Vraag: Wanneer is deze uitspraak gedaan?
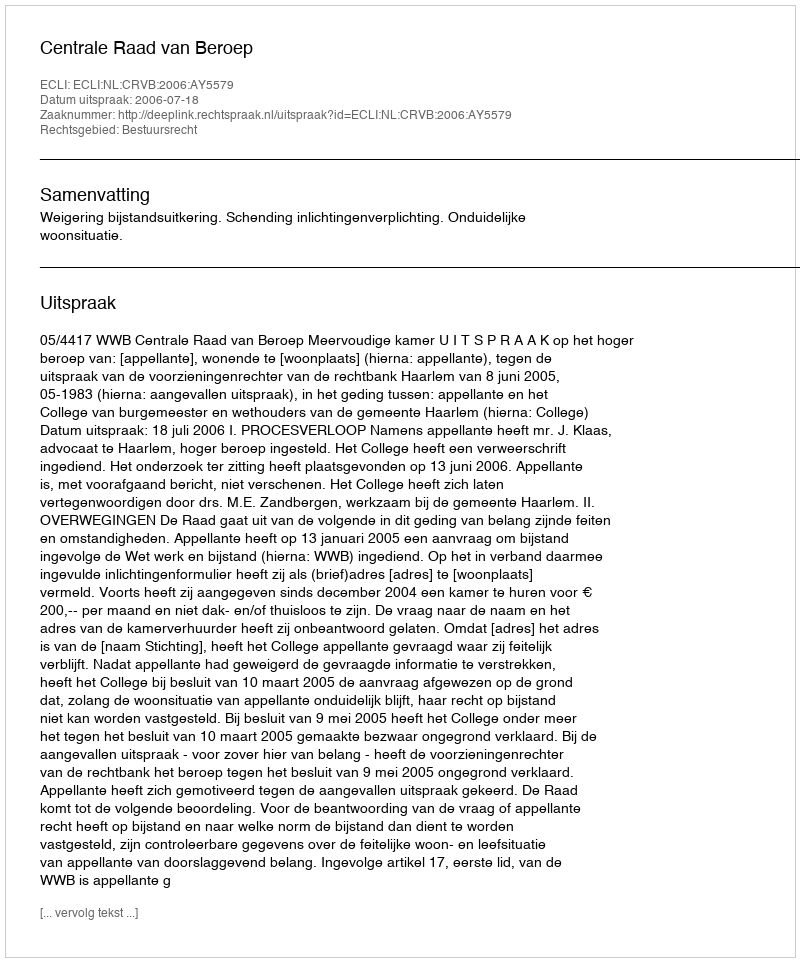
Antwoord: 2006-07-18